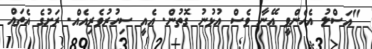
"އަސްލު އެހެންވީ އޭނާ ވެސް އުޅުނު ގޮތުން. އެއީ ސިހުރުވެރިއެއް. ރަށުގެ އެތައް